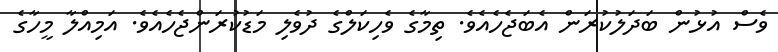
ވެސް އުޅުން ބަދަލުކުރަން އެބަޖެހެއެވެ. ތިމާގެ ވެހިކަލްގެ ދުވެލި މަޑުކުރަންޖެހެއެވެ. އަމިއްލާ މީހާގެ